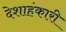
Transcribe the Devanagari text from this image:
देशाहंकारी